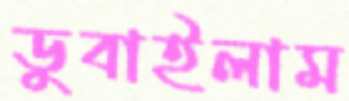
ডুবাইলাম